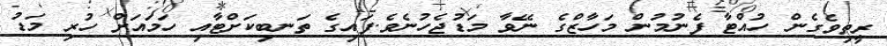
ރީތިވެގެން ހުއްޓާ ފެނުމުން މަހާޒްގެ ނޭވާ މަޑުޖެހުނެވެ.ފައިގެ ތަނބިކަށްޓާއި ހަމައަށް ހުރި މަޑު